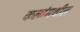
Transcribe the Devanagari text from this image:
कलांमधील